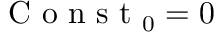
\mathrm { ~ C ~ o ~ n ~ s ~ t ~ } _ { 0 } = 0